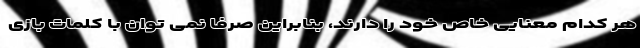
هر کدام معنایی خاص خود را دارند، بنابراین صرفا نمی توان با کلمات بازی